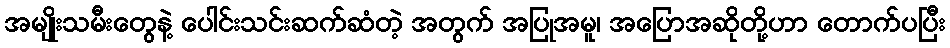
အမျိုးသမီးတွေနဲ့ ပေါင်းသင်းဆက်ဆံတဲ့ အတွက် အပြုအမူ၊ အပြောအဆိုတို့ဟာ တောက်ပပြီး